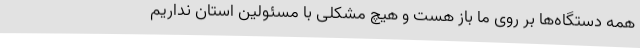
همه دستگاه‌ها بر روی ما باز هست و هیچ مشکلی با مسئولین استان نداریم